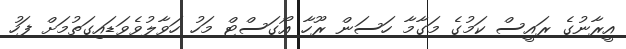
އީރާނުގެ ރައީސް ކަމުގެ މަގާމާ ހަސަން ރޫހާ އޯގަސްޓް މަހު ހަވާލުވެވަޑައިގަތުމަށް ފަހު